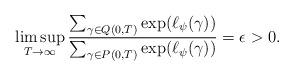
LaTeX: \begin{align*}\limsup_{T\to\infty} \frac{\sum_{\gamma \in Q(0,T)}\exp(\ell_\psi(\gamma))}{\sum_{\gamma\in P(0,T)}\exp(\ell_\psi(\gamma))} = \epsilon > 0.\end{align*}